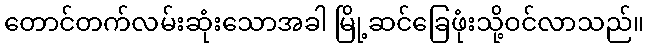
တောင်တက်လမ်းဆုံးသောအခါ မြို့ဆင်ခြေဖုံးသို့ဝင်လာသည်။